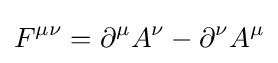
F^{\mu \nu }=\partial ^{\mu }A^{\nu }-\partial ^{\nu }A^{\mu }